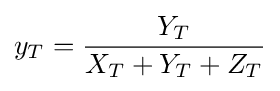
y_{T}={\frac {Y_{T}}{X_{T}+Y_{T}+Z_{T}}}